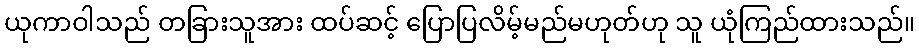
ယုကာဝါသည် တခြားသူအား ထပ်ဆင့် ပြောပြလိမ့်မည်မဟုတ်ဟု သူ ယုံကြည်ထားသည်။